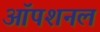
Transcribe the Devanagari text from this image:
ऑपशनल